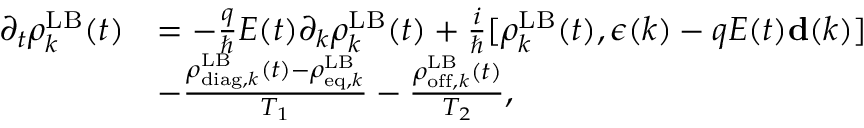
\begin{array} { r l } { \partial _ { t } \boldsymbol { \rho } _ { k } ^ { \mathrm { L B } } ( t ) } & { = - \frac { q } { \hbar } E ( t ) \partial _ { k } \boldsymbol { \rho } _ { k } ^ { \mathrm { L B } } ( t ) + \frac { i } { \hbar } [ \boldsymbol { \rho } _ { k } ^ { \mathrm { L B } } ( t ) , { \boldsymbol \epsilon } ( k ) - q E ( t ) { \bf d } ( k ) ] } \\ & { - \frac { \boldsymbol { \rho } _ { \mathrm { d i a g } , k } ^ { \mathrm { L B } } ( t ) - \boldsymbol { \rho } _ { \mathrm { e q } , k } ^ { \mathrm { L B } } } { T _ { 1 } } - \frac { \boldsymbol { \rho } _ { \mathrm { o f f } , k } ^ { \mathrm { L B } } ( t ) } { T _ { 2 } } , } \end{array}